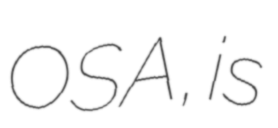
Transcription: OSA, is